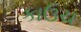
કાઉચ